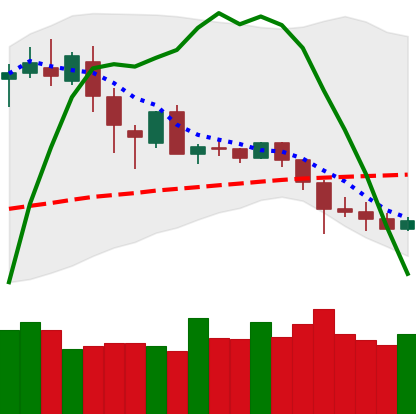
Ticker: DOGE-USD
Chart end date: 2020-03-01
Forward return: 9.714%
Label: up_7plus